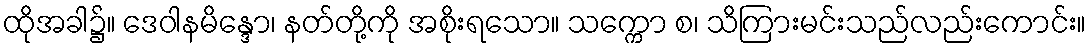
ထိုအခါ၌။ ဒေဝါနမိန္ဒော၊ နတ်တို့ကို အစိုးရသော။ သက္ကော စ၊ သိကြားမင်းသည်လည်းကောင်း။